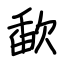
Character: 歃